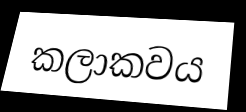
කලාකවය